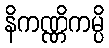
နိကဏ္ဏိကမ္ပိ